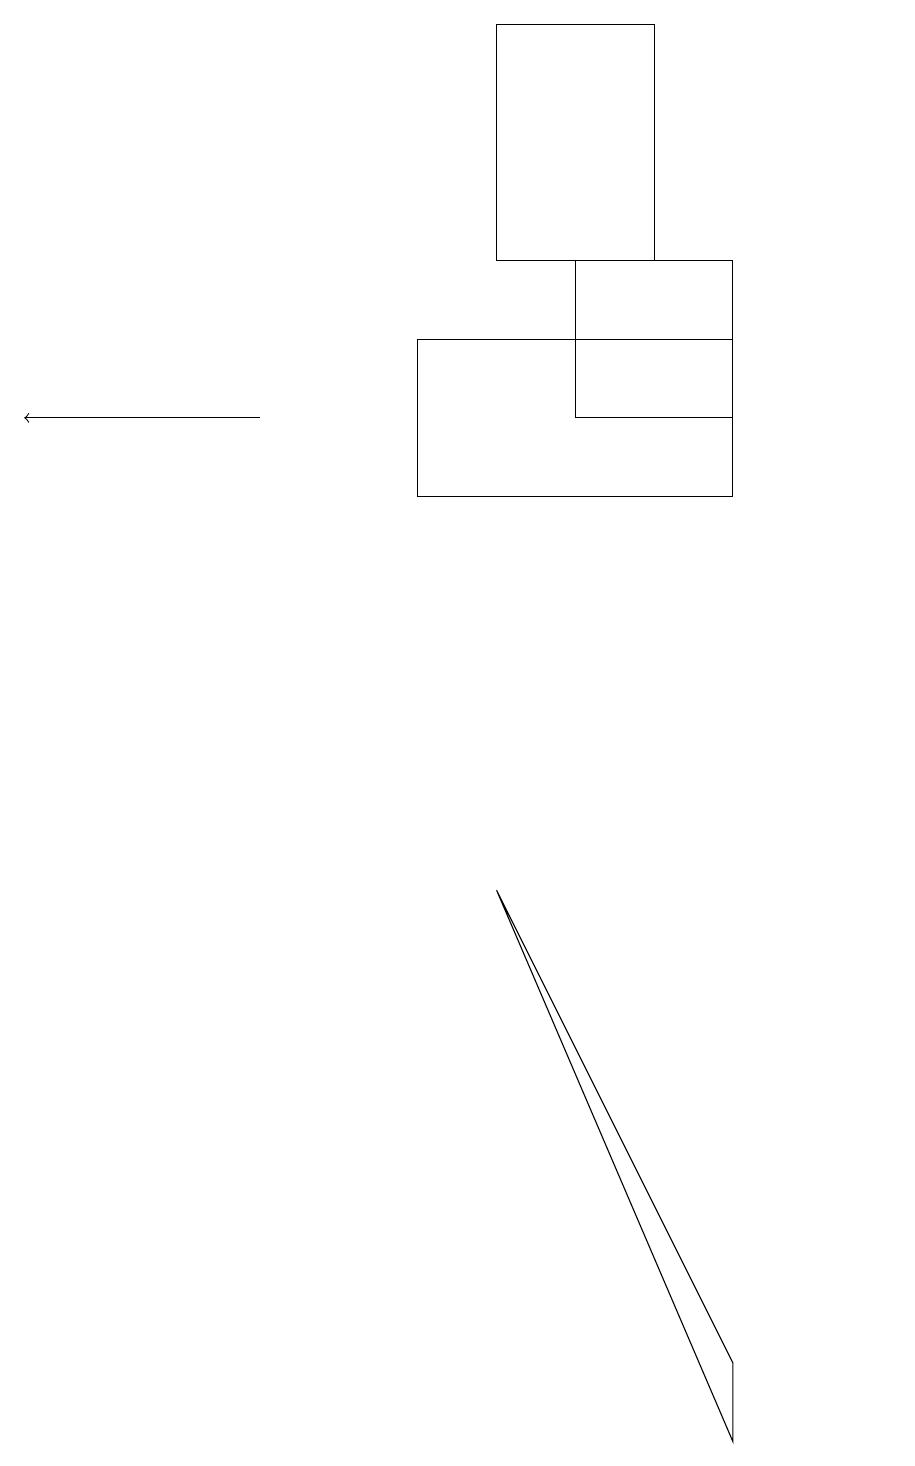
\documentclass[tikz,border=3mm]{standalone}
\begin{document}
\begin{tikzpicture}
\draw[->] (3,13) -- (0,13);
\draw (8,18) rectangle (6,15);
\draw (5,14) rectangle (9,12);
\draw (7,13) rectangle (9,15);
\draw (6,7) -- (9,1) -- (9,0) -- cycle;
\draw (11,11) circle (0);
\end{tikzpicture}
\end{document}